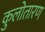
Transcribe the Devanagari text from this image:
कुलोतारण